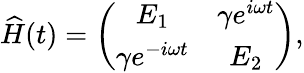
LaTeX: \widehat{H}(t)=\left(\begin{array}{cc}{E_{1}}&{\gamma e^{i\omega t}}\\ {\gamma e^{-i\omega t}}&{E_{2}}\end{array}\right),